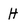
Character: H